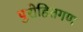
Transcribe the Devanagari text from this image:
पुरोहितगण